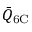
\bar { Q } _ { \mathrm { 6 C } }